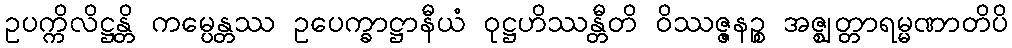
ဥပက္ကိလိဋ္ဌန္တိ ကမ္ပေန္တဿ ဥပေက္ခာဋ္ဌာနီယံ ဝုဋ္ဌဟိဿန္တီတိ ဝိဿဇ္ဇနဉ္စ အဇ္ဈတ္တာရမ္မဏာတိပိ